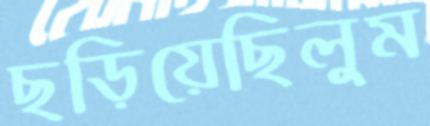
ছড়িয়েছিলুম